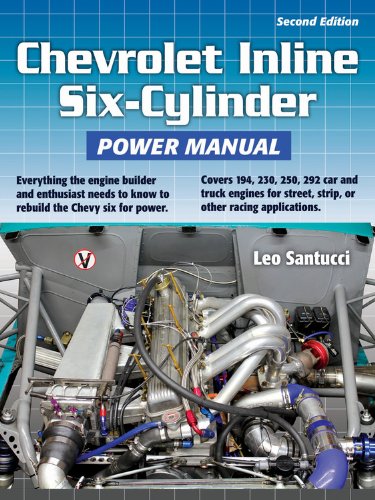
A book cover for Chevrolet Inline Six-Cylinder Power Manual, 2nd Edition: Everything the engine builder and enthusiast needs to know to rebuild the Chevy six for power.; Leo Santucci; Engineering & Transportation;